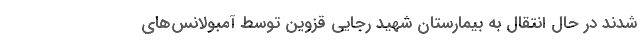
شدند در حال انتقال به بیمارستان شهید رجایی قزوین توسط آمبولانس‌های